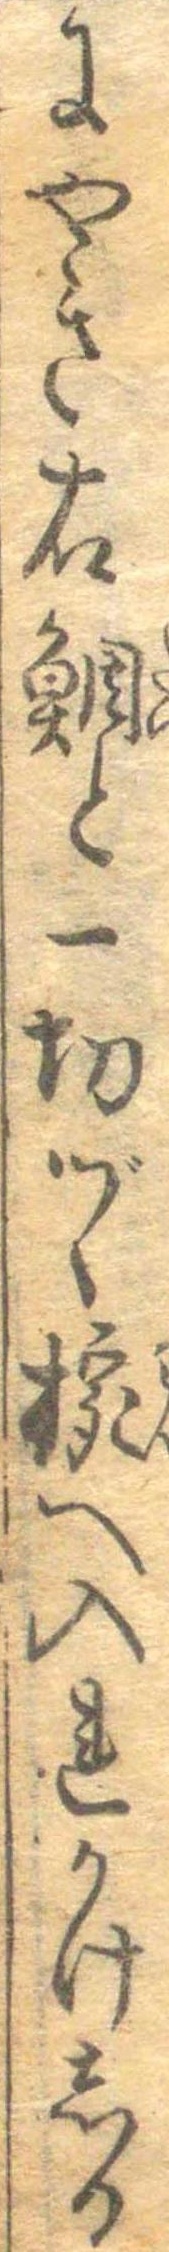
にやき右鯛と一切づゝ椀へ入れかけしる